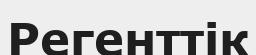
Регенттік